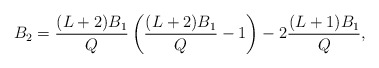
\begin{align*} B_2 = \frac{(L+2)B_1}{Q} \left(\frac{(L+2)B_1}{Q} - 1\right) - 2\frac{(L+1)B_1}{Q}, \end{align*}